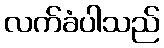
လက်ခံပါသည်